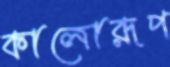
কালোরূপ